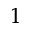
^ 1